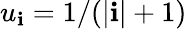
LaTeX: u_{\mathbf{i}}=1/(|\mathbf{i}|+1)